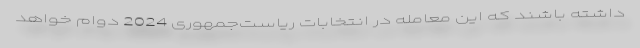
داشته باشند که این معامله در انتخابات ریاست‌جمهوری 2024 دوام خواهد